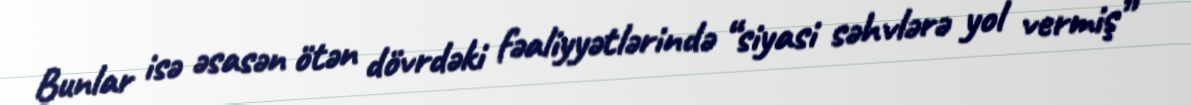
Bunlar isə əsasən ötən dövrdəki fəaliyyətlərində “siyasi səhvlərə yol vermiş”